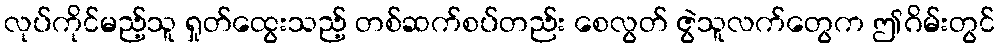
လုပ်ကိုင်မည့်သူ ရှုတ်ထွေးသည့် တစ်ဆက်စပ်တည်း စေလွတ် ဇွဲသူလက်တွေက ဤဂိမ်းတွင်